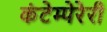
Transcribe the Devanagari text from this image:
कंटेम्पेरेरी